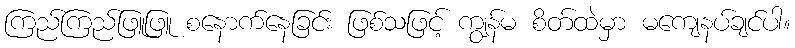
ကြည်ကြည်ဖြူဖြူ စနောက်နေခြင်း ဖြစ်သဖြင့် ကျွန်မ စိတ်ထဲမှာ မကျေနပ်ချင်ပါ။